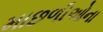
માછળીઓના